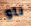
ناو